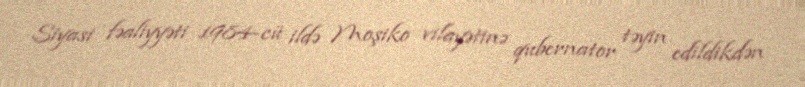
Siyasi fəaliyyəti 1984-cü ildə Moşiko vilayətinə qubernator təyin edildikdən